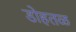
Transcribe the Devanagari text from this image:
डोहतळ